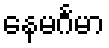
နေမင်္ဂမာ